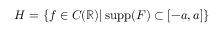
H = \{ f \in C ( \mathbb { R } ) | \operatorname { s u p p } ( F ) \subset [ - a , a ] \}